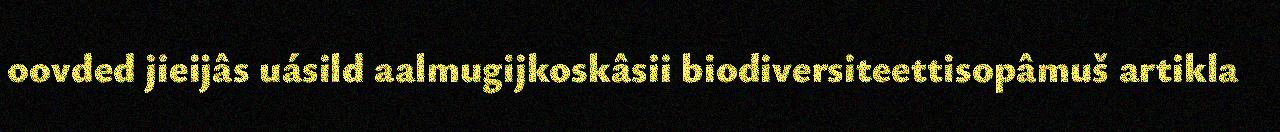
oovded jieijâs uásild aalmugijkoskâsii biodiversiteettisopâmuš artikla